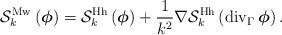
LaTeX: \begin{align*}\mathcal{S}_{k}^{\operatorname*{Mw}}\left(\mbox{\boldmath$ \phi$}\right) =\mathcal{S}_{k}^{\operatorname*{Hh}}\left(\mbox{\boldmath$ \phi$}\right) +\frac{1}{k^{2}}\nabla\mathcal{S}_{k}^{\operatorname*{Hh}}\left(\operatorname{div}_{\Gamma}\mbox{\boldmath$ \phi$}\right) . \end{align*}